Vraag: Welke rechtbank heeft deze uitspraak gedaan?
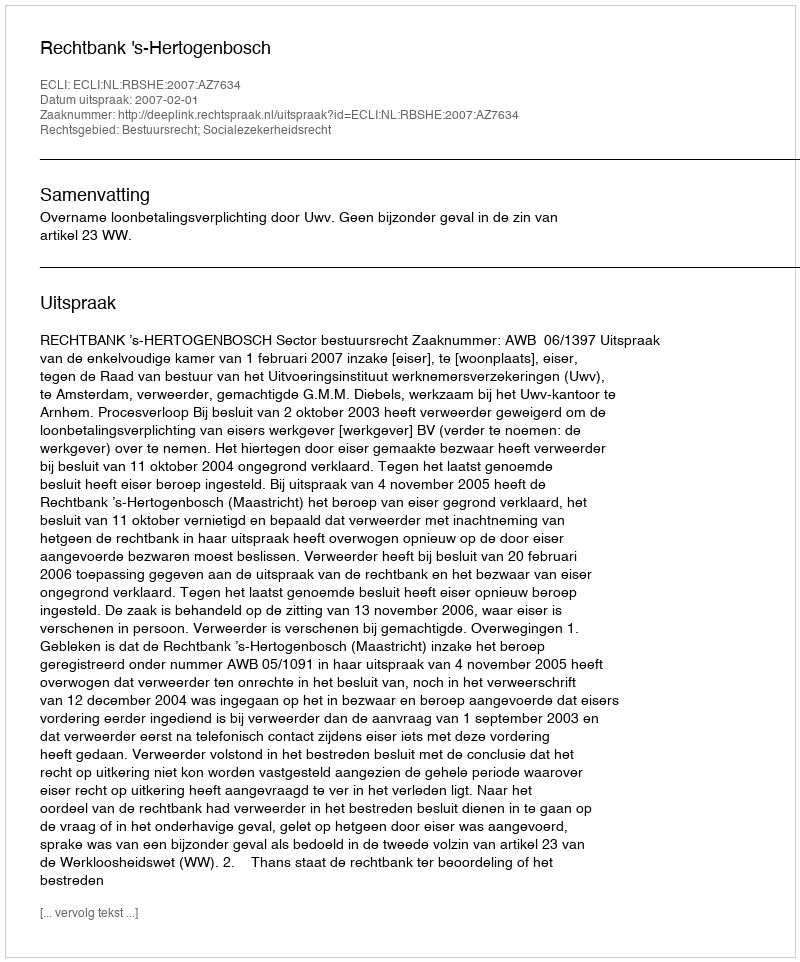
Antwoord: Rechtbank 's-Hertogenbosch